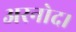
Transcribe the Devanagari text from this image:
अरनोद।